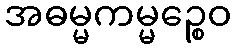
အဓမ္မကမ္မဉ္စေဝ